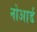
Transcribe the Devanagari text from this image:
नोआर्ड